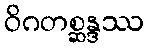
ဝိဂတစ္ဆန္ဒဿ